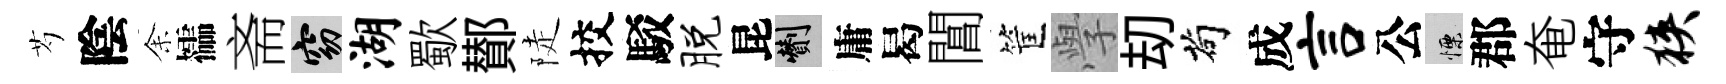
芍陰𪜬櫺斋窈湖歜鄼陡挍駁脱昆剪庸曷閶筐𭓕刧茍成言公慄郡奄守狭